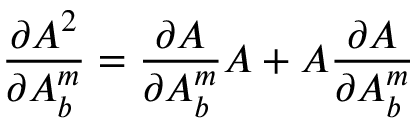
\frac { \partial { \cal A } ^ { 2 } } { \partial A _ { b } ^ { m } } = \frac { \partial { \cal A } } { \partial A _ { b } ^ { m } } { \cal A } + { \cal A } \frac { \partial { \cal A } } { \partial A _ { b } ^ { m } }